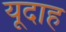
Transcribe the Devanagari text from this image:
यूदाह